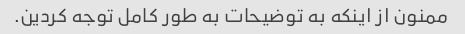
ممنون از اینکه به توضیحات به طور کامل توجه کردین.